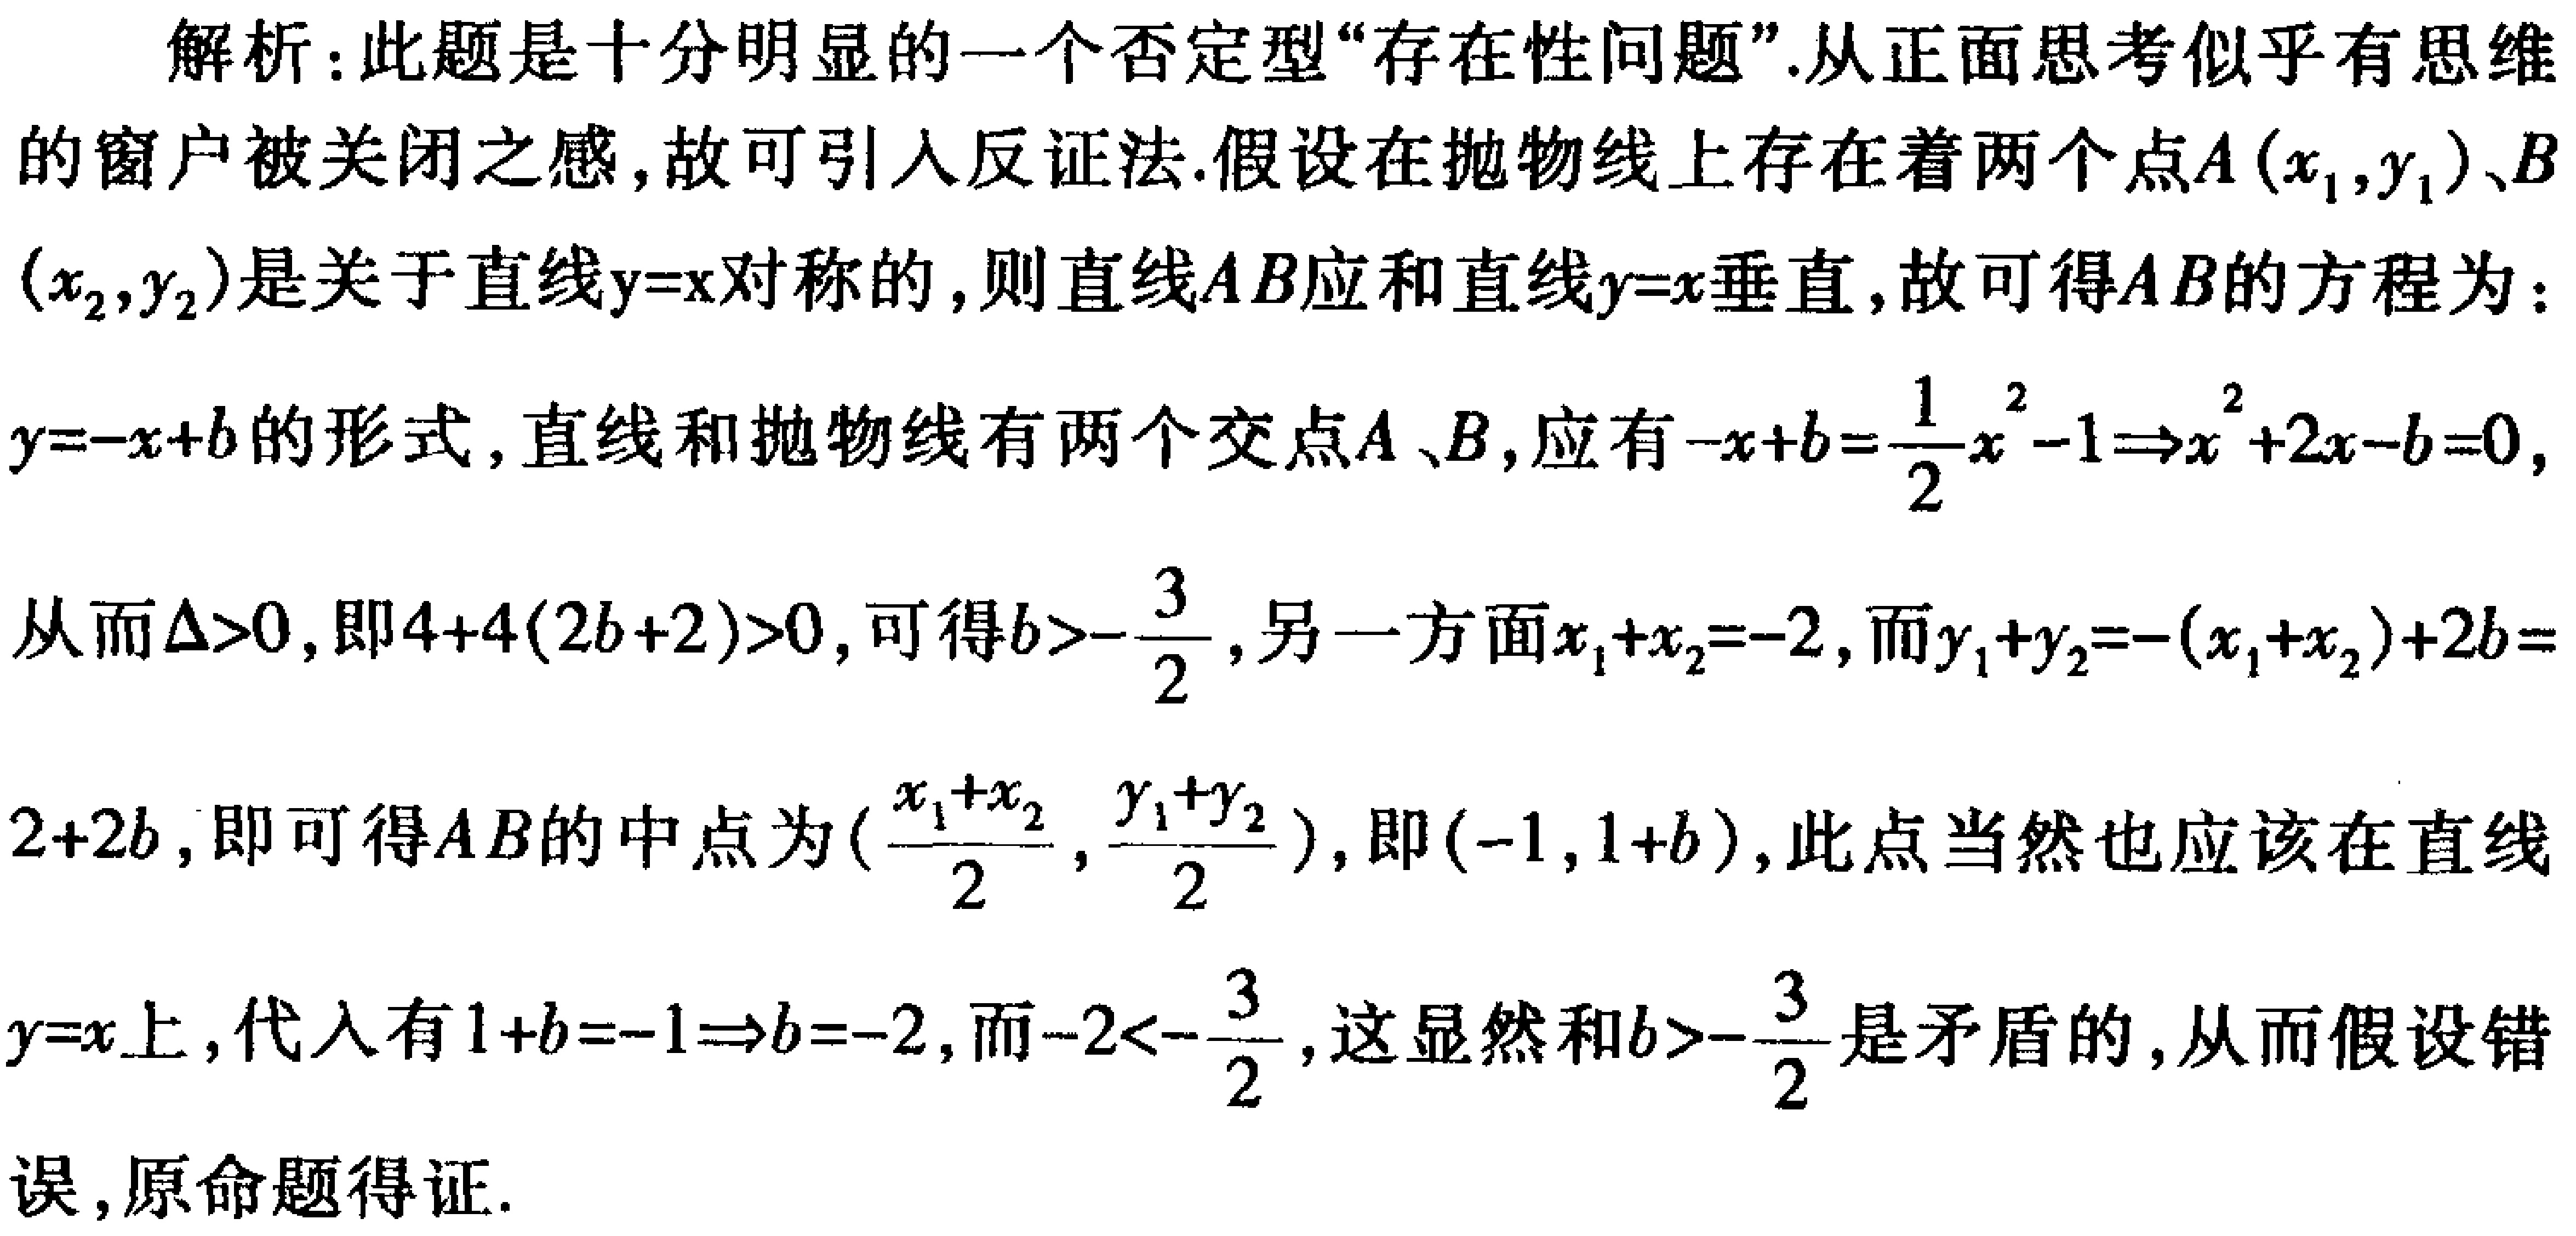
解析：此题是十分明显的一个否定型“存在性问题”.从正面思考似乎有思维的窗户被关闭之感,故可引入反证法.假设在抛物线上存在着两个点\(A(x_1,y_1)\)、\(B(x_2,y_2)\)是关于直线\(y = x\)对称的,则直线\(AB\)应和直线\(y = x\)垂直,故可得\(AB\)的方程为：\(y=-x + b\)的形式,直线和抛物线有两个交点\(A\)、\(B\),应有\(-x + b=\frac{1}{2}x^{2}-1\Rightarrow x^{2}+2x - 2b - 2=0\),从而\(\Delta>0\),即\(4 + 4(2b + 2)>0\),可得\(b>-\frac{3}{2}\),另一方面\(x_1 + x_2=-2\),而\(y_1 + y_2=-(x_1 + x_2)+2b=2 + 2b\),即可得\(AB\)的中点为\((\frac{x_1 + x_2}{2},\frac{y_1 + y_2}{2})\),即\((-1,1 + b)\),此点当然也应该在直线\(y = x\)上,代入有\(1 + b=-1\Rightarrow b=-2\),而\(-2<-\frac{3}{2}\),这显然和\(b>-\frac{3}{2}\)是矛盾的,从而假设错误,原命题得证.